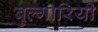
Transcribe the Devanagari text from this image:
बुल्गारियी